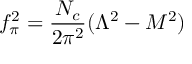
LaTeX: f _ { \pi } ^ { 2 } = \frac { N _ { c } } { 2 \pi ^ { 2 } } ( \Lambda ^ { 2 } - M ^ { 2 } )